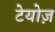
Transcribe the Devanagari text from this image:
टेयोज़